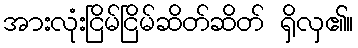
အားလုံးငြိမ်ငြိမ်ဆိတ်ဆိတ် ရှိလှ၏။